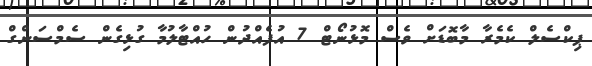
ޕިކްސެލް ކެމެރާ މާބޮޑަށް ވެސް މޮޅުނޯޓް 7 އުފެއްދުން ހުއްޓާލުމާ ގުޅިގެން ސެމްސަންގް